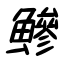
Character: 鰺